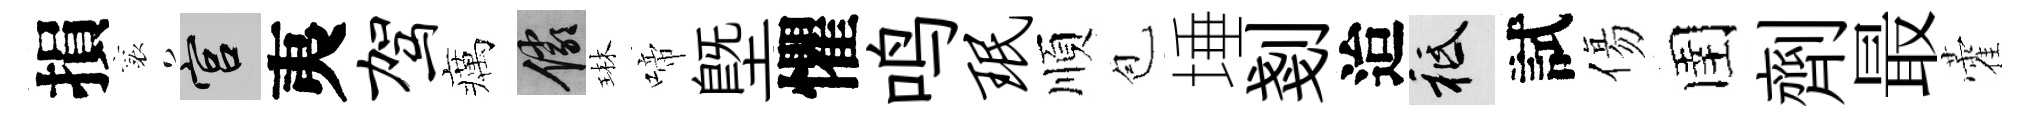
損襄宫夷驾癘儼琳啼塈懼鸣珉順苞埵剗迨祇試傷圉劑最藿